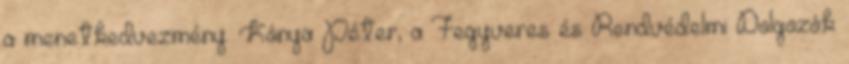
a menetkedvezmény. Kónya Péter, a Fegyveres és Rendvédelmi Dolgozók